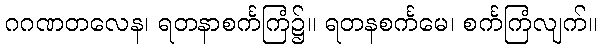
ဂဂဏတလေန၊ ရတနာစင်္ကကြံ၌။ ရတနစင်္ကမေ၊ စင်္ကကြံလျက်။